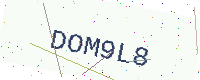
Text: DOM9L8